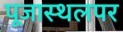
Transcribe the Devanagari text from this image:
पूजास्थलपर